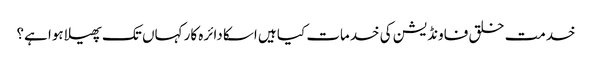
خدمت خلق فاونڈیشن کی خدمات کیا ہیں اسکا دائرہ کار کہاں تک پھیلا ہوا ہے؟